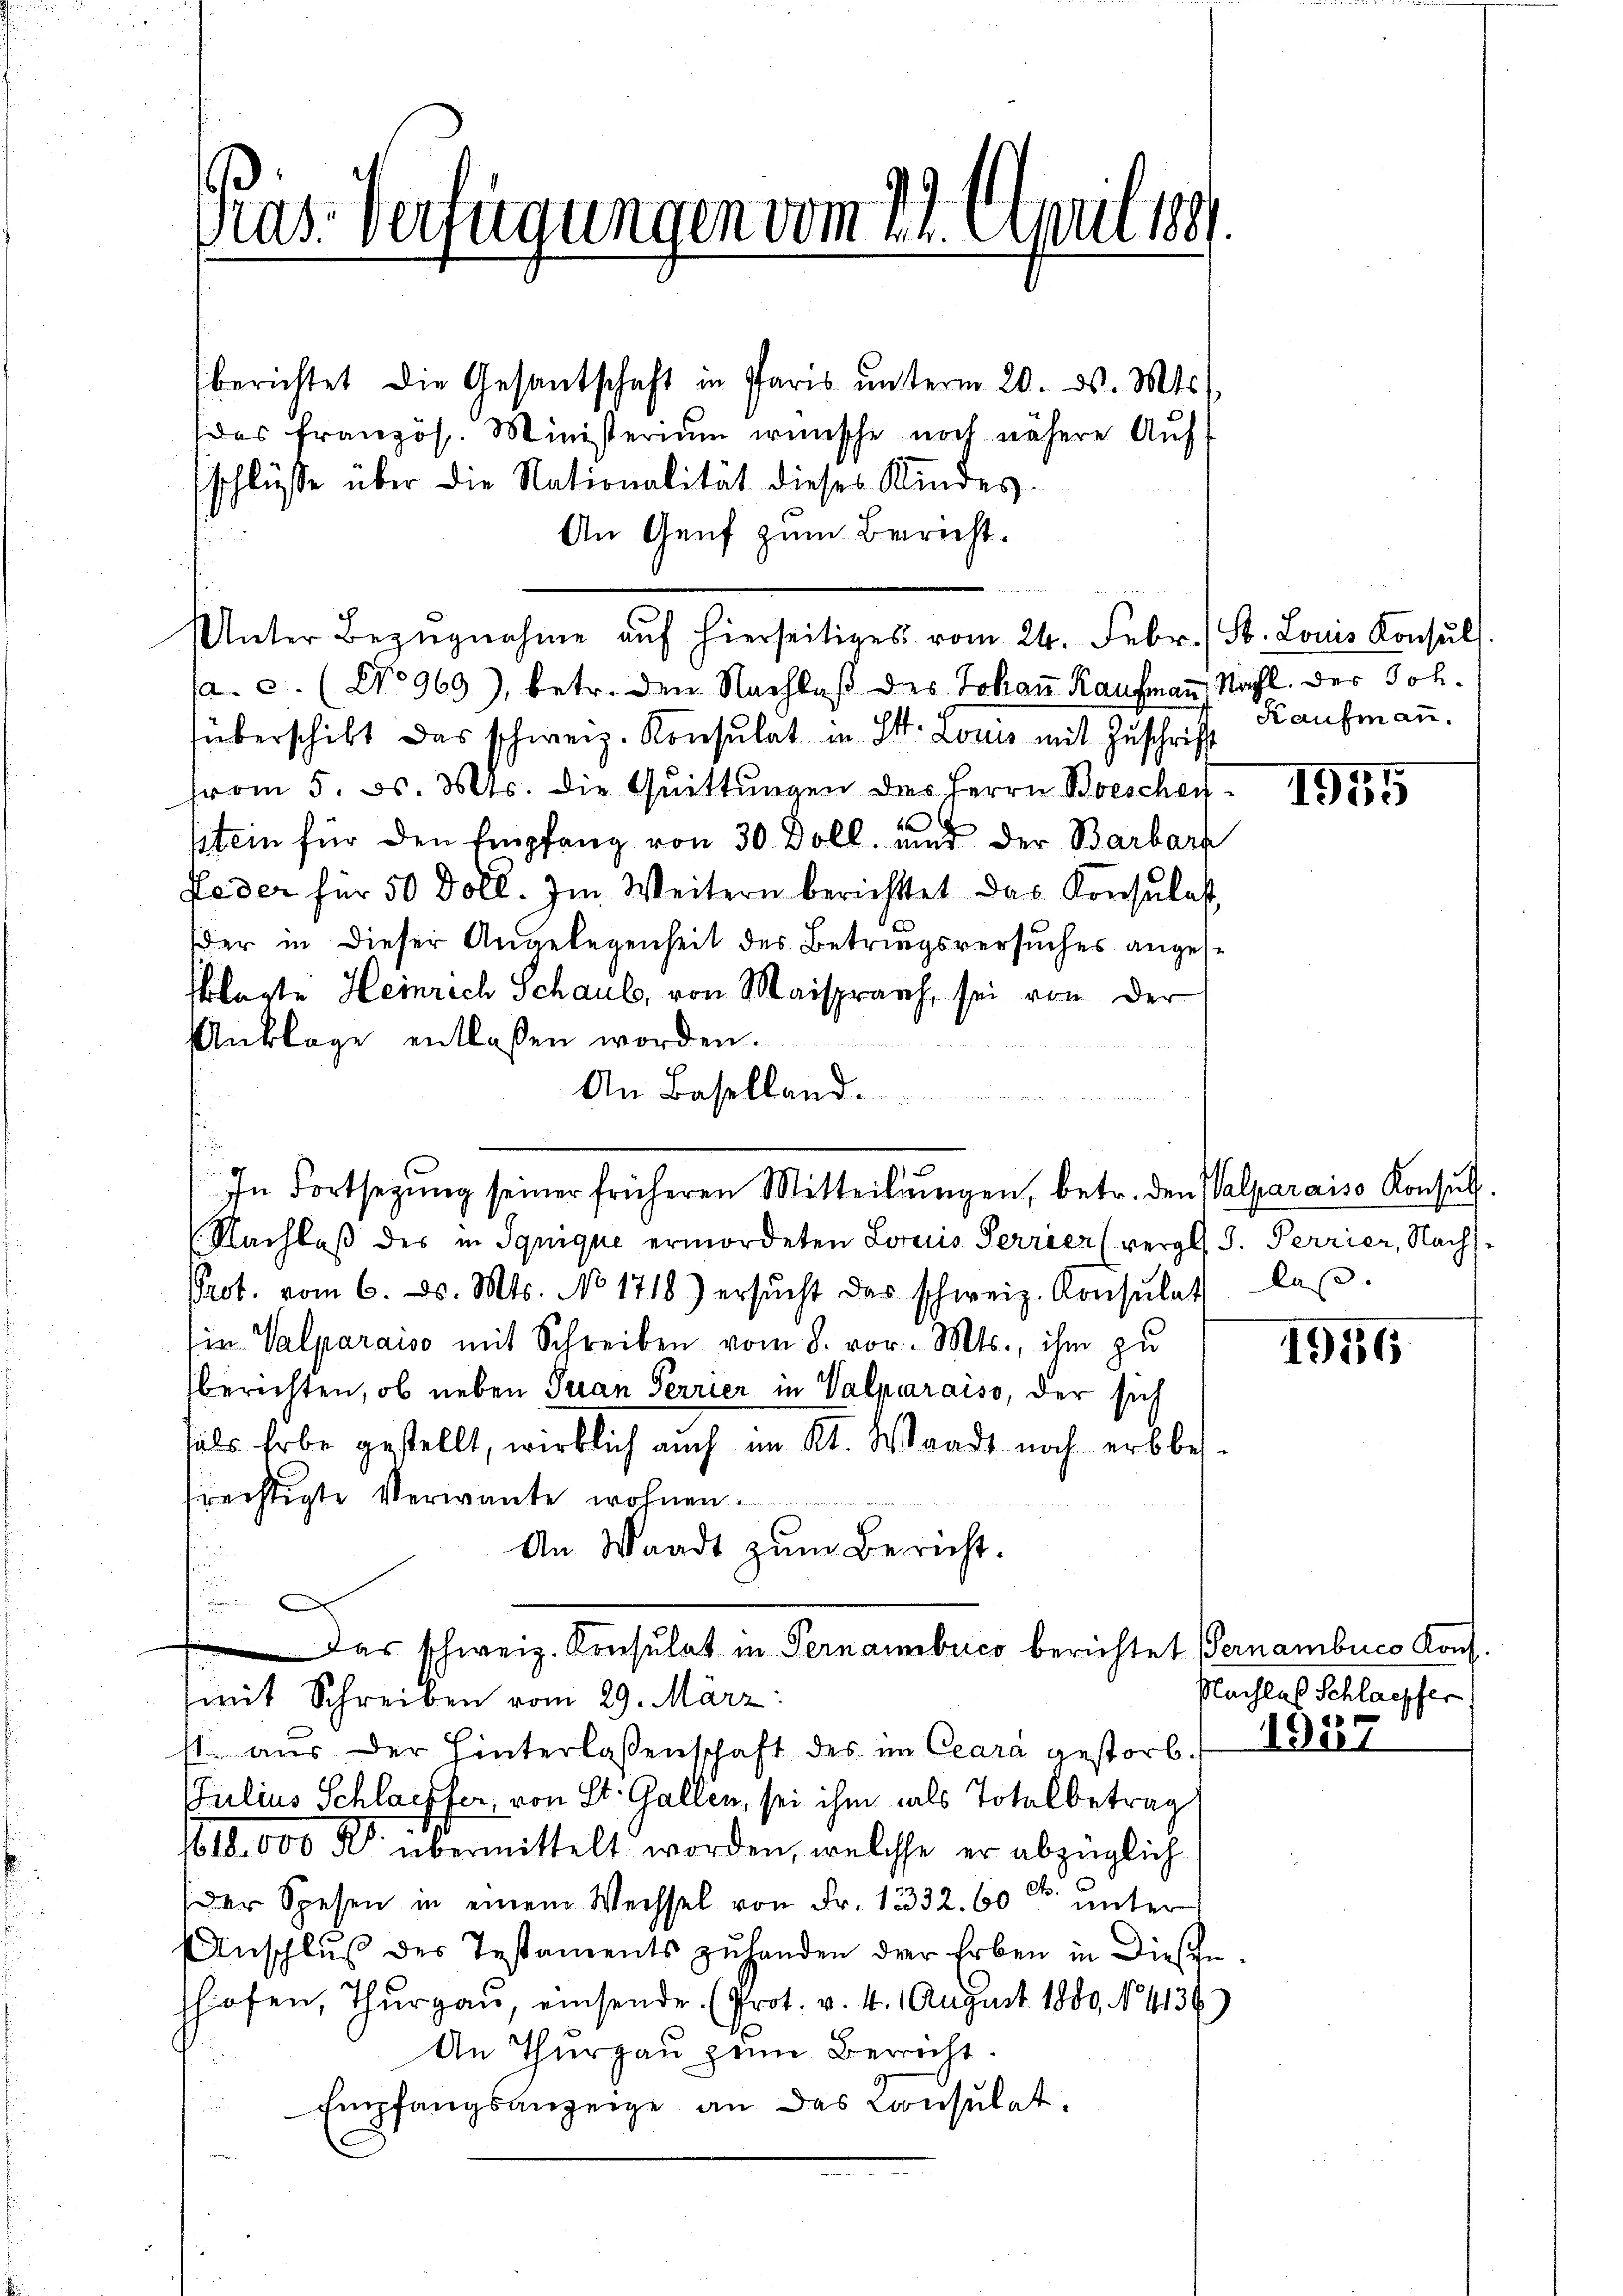
Präs. Verfügungen vom 29. April 189.

berichtet die Gesantschaft in Paris ŭnterm 20. ds. Mts.
(das französ. Ministerium wünsche noch nähere Auf-
schlüsse über die Nationalität dieses Kindes.
An Genf zum Bericht.
a. c. (No 969), betr. den Nachlaß des Johann Kaufmann, Nachl. Der Joh.
überschikt das schweiz. Konsulat in St. Louis mit Zuschrift
from 5. ds. Mts. die Quittungen des Herrn Besches
stein für den Empfang von 30 Doll, und der Barbar
Pader für 50 Doll. Im Weitern berichtet das Konsulat
der in dieser Angelegenheit des Betringsversuches angese
sklagte Heinrich Schaub, von Maisprach, sei von der
Anklage entlassen worden.
An Baselland.
e
1. Nachlaß des in Ignique ermordeten Loris Terrier (vergl. S. Perrier, Nachs¬
Prot. vom 6. d. Mts. No 1716) ersŭcht das schweiz. Konsulat las-
Ein Valparaiso mit Schreiben vom 8. vor. Mts., ihm zu
berichten, ob neben Juan Terrier in Valmaraiso, der sich
fals Erbe gestellt, wirklich auch im Kt. Waadt noch erbbe-
frechtigte Verwante wohnen.
An Waadt zŭm Bericht.
t

 Das schweiz. Konsulat in Pernambuco berichtet (Pernambuco Kons.
mit Schreiben vom 29. März:
fl. aus der Hinterlassenschaft des im Cara gestorb.
Julius Schlaffer, von St. Gallen, sei ihm als Totalbetrag
1618.000 M. übermittelt worden, welche er abzüglich
(der Spesen in einem Wechsel von Fr. 13332. 60 l. unter
Anschluß des Testaments zuhanden der Erben in diesen
shofen, Thurgau, einsende. (Prot. v. 4. August 1880, No 9136)
An Thurgau zum Bericht.
Empfangsanzeige an das Consulat.
u

Unter Bezŭgnahme aŭf hierseitiges vom 24. Febr. (St. Louis Konsŭl

In Fortsezung seiner früheren Mitteilungen, betr. den Valparaiso Konsul

Kaufmann.

1955

1956

Nachlas Schlaepfer

b

1937